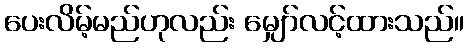
ပေးလိမ့်မည်ဟုလည်း မျှော်လင့်ထားသည်။